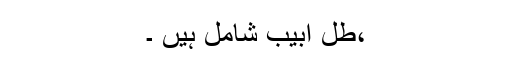
،طل ابیب شامل ہیں ۔